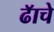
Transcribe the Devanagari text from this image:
ढॅाचे